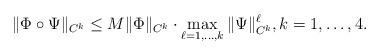
LaTeX: \begin{align*}\|\Phi\circ \Psi\|_{C^k}\leq M \|\Phi\|_{C^k}\cdot\max_{\ell=1,...,k}\|\Psi\|_{C^k}^\ell, k=1,\dots, 4. \end{align*}